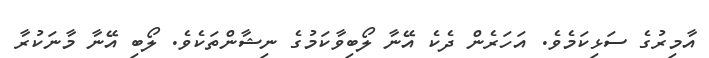
އާމިރުގެ ސަޅިކަމެވެ. އަހަރެން ދެކެ އޭނާ ލޯބިވާކަމުގެ ނިޝާންތަކެވެ. ލޯބި އޭނާ މާނަކުރާ